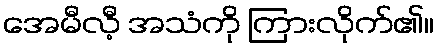
အေမီလီ့ အသံကို ကြားလိုက်၏။